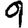
Digit: 9